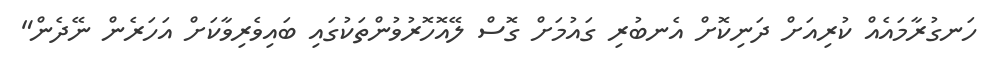
ހަނގުރާމައެއް ކުރިއަށް ދަނިކޮށް އެނބުރި ގައުމަށް ގޮސް ލޭއޮހޮރުވުންތަކުގައި ބައިވެރިވާކަށް އަހަރެން ނޭދެން"